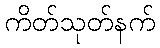
ကိတ်သုတ်နက်